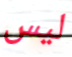
ليس